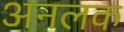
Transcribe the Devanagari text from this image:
अनलक